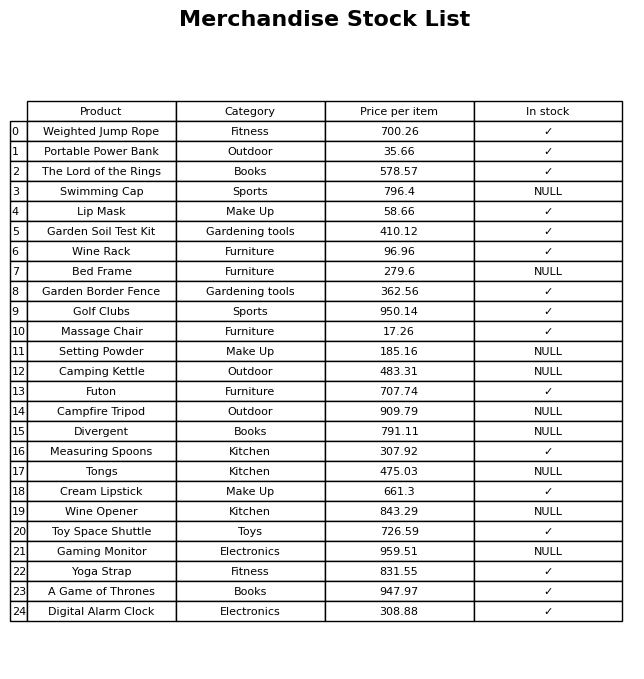
question: Which products are available in stock?
answer: Weighted Jump Rope, Portable Power Bank, The Lord of the Rings, Lip Mask, Garden Soil Test Kit, Wine Rack, Garden Border Fence, Golf Clubs, Massage Chair, Futon, Measuring Spoons, Cream Lipstick, Toy Space Shuttle, Yoga Strap, A Game of Thrones, Digital Alarm Clock